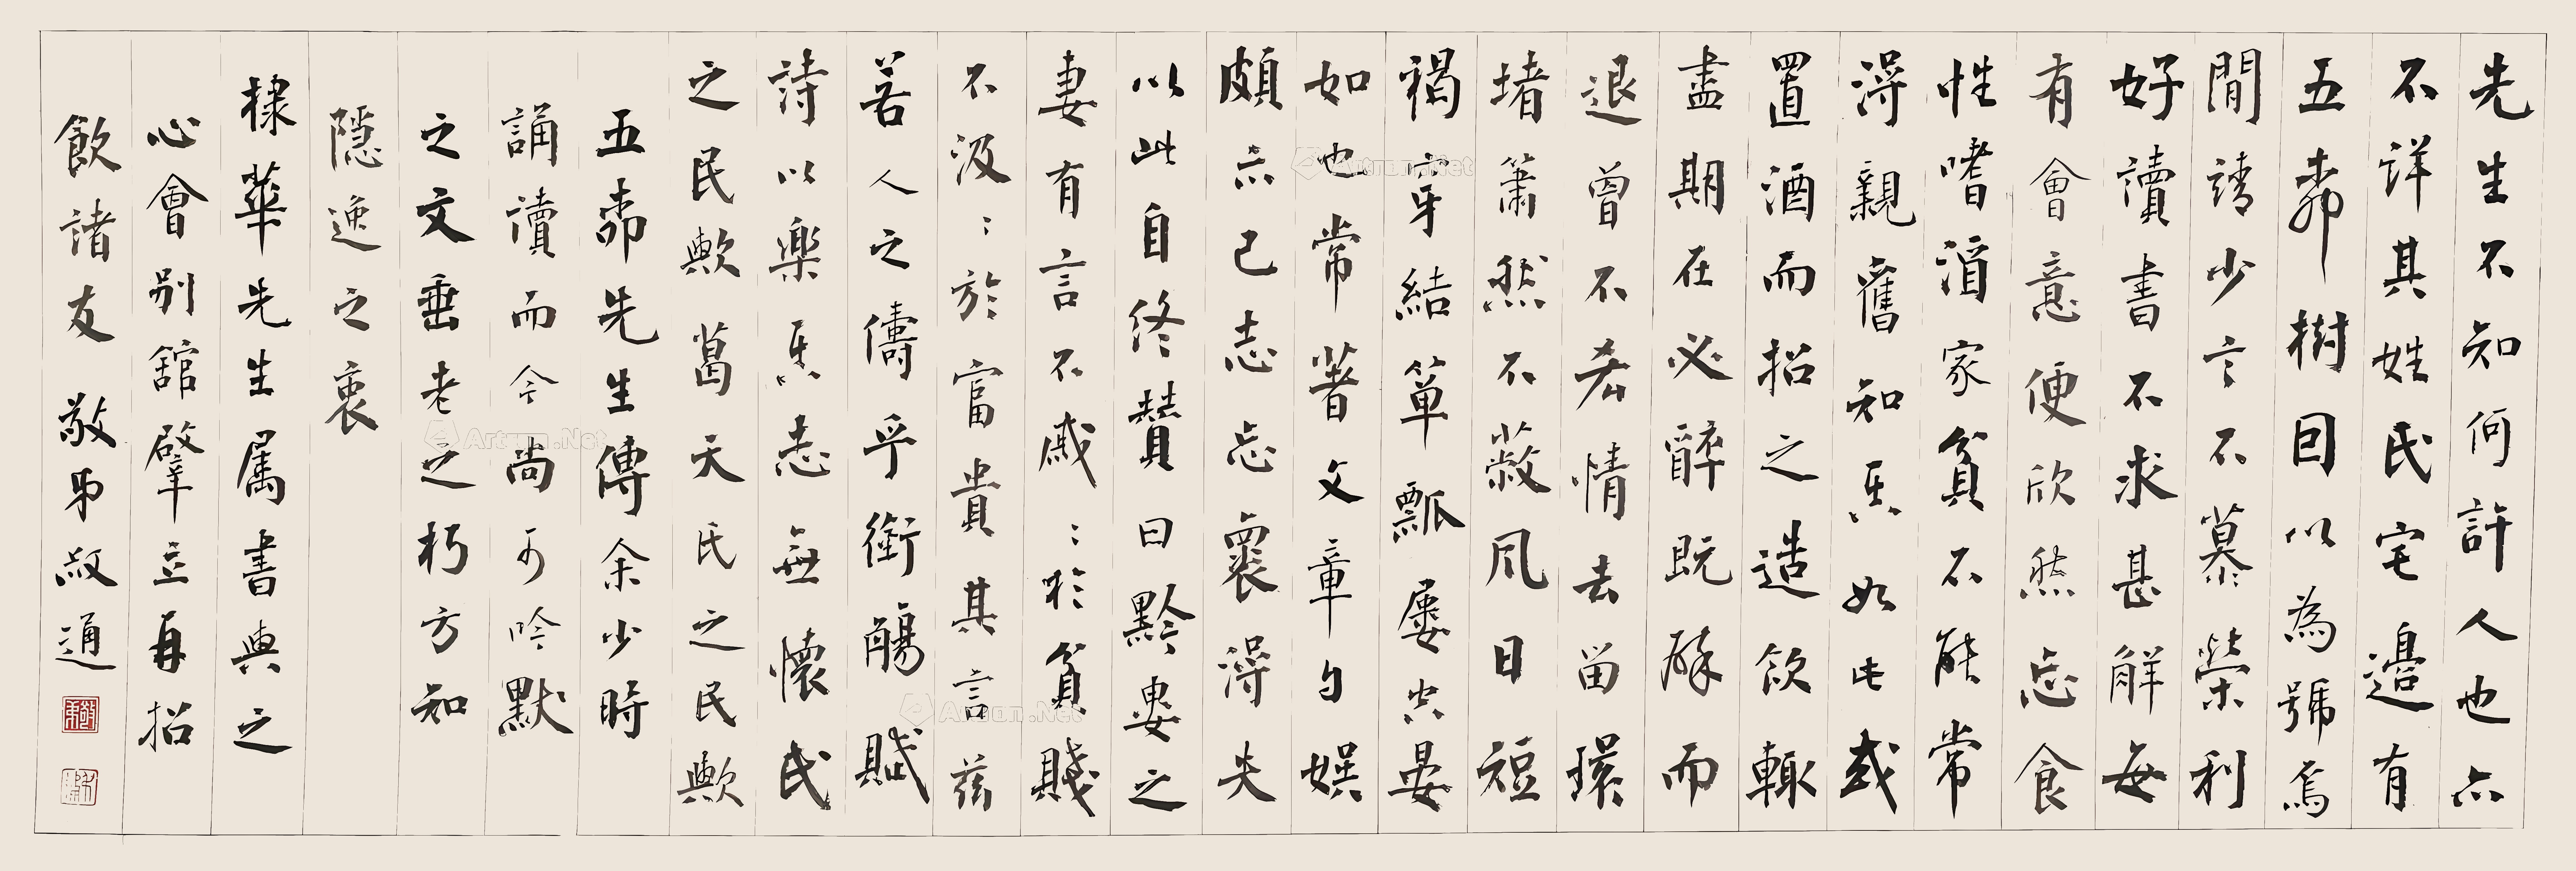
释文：先生不知何许人也，亦不详其姓氏，宅边有五柳树，因以为号焉。闲静少言，不慕荣利。好读书，不求甚解；每有会意，便欣然忘食。性嗜酒，家贫不能常得。亲旧知其如此，或置酒而招之；造饮辄尽，期在必醉。既醉而退，曾不吝情去留。环堵萧然，不蔽风日；短褐穿结，箪瓢屡空，晏如也。常著文章自娱，颇示己志。忘怀得失，以此自终。赞曰：黔娄之妻有言：“不戚戚于贫贱，不汲汲于富贵。”其言兹若人之俦乎？衔觞赋诗，以乐其志，无怀氏之民欤？葛天氏之民欤？《五柳先生传》余少时诵读而今尚可吟默之，文垂老之朽方知隐逸之衷，棣华先生属书与之，心会别馆肇立，再招饮诸友，敬弟叔通。